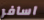
اسافر